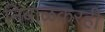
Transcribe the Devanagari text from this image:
निंबाळकरही